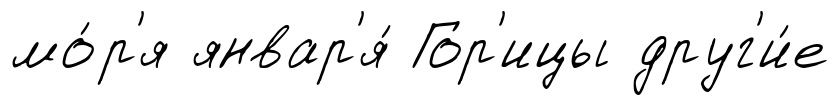
мо́р'я январ'я́ Гор'ицы друг'и́е